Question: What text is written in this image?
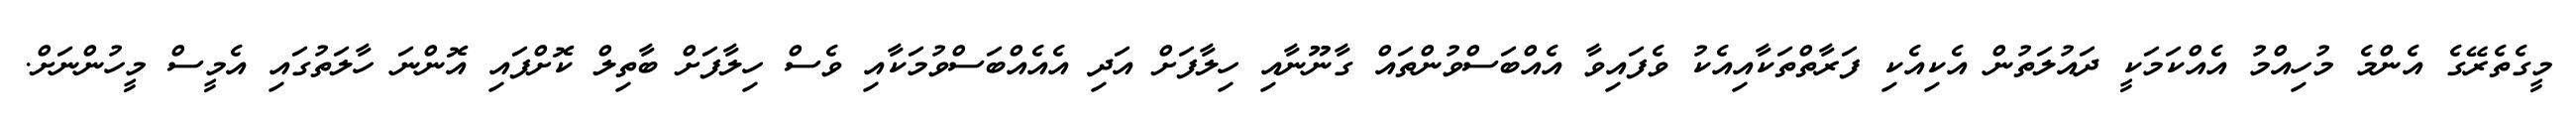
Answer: މީގެތެރޭގެ އެންމެ މުހިއްމު އެއްކަމަކީ ދައުލަތުން އެކިއެކި ފަރާތްތަކާއިއެކު ވެފައިވާ އެއްބަސްވުންތައް ގާނޫނާއި ހިލާފަށް އަދި އެއެއްބަސްވުމަކާއި ވެސް ހިލާފަށް ބާތިލް ކޮށްފައި އޮންނަ ހާލަތުގައި އެމީސް މީހުންނަށް.